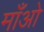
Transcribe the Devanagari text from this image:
माँओ